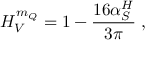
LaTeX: H _ { V } ^ { m _ { Q } } = 1 - \frac { 1 6 \alpha _ { S } ^ { H } } { 3 \pi } \; ,